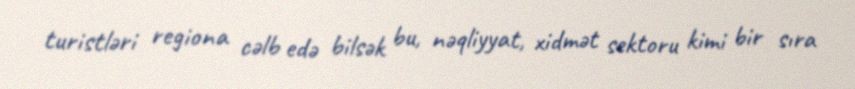
turistləri regiona cəlb edə bilsək bu, nəqliyyat, xidmət sektoru kimi bir sıra